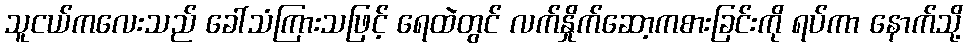
သူငယ်ကလေးသည် ခေါ်သံကြားသဖြင့် ရေထဲတွင် လက်နှိုက်ဆော့ကစားခြင်းကို ရပ်ကာ နောက်သို့